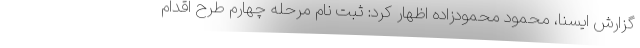
گزارش ایسنا، محمود محمودزاده اظهار کرد: ثبت نام مرحله چهارم طرح اقدام